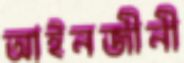
আইনজীনী